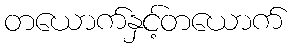
တယောက်နှင့်တယောက်